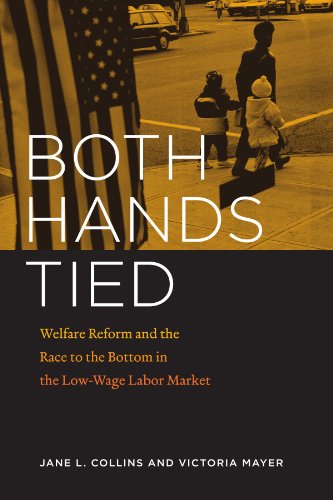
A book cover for Both Hands Tied: Welfare Reform and the Race to the Bottom in the Low-Wage Labor Market; Jane L. Collins; Business & Money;